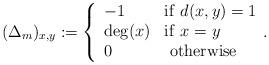
LaTeX: \begin{align*}(\Delta_m)_{x, y}:=\left\{ \begin{array}{ll}-1 & {\rm if\ } d(x, y)=1 \\\mathrm{deg}(x) & {\rm if\ } x=y\\0 & {\rm\ otherwise}\\\end{array}.\right.\end{align*}